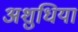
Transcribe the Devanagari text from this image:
अशुधियां